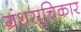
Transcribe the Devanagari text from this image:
ग्रंथसूचिकार